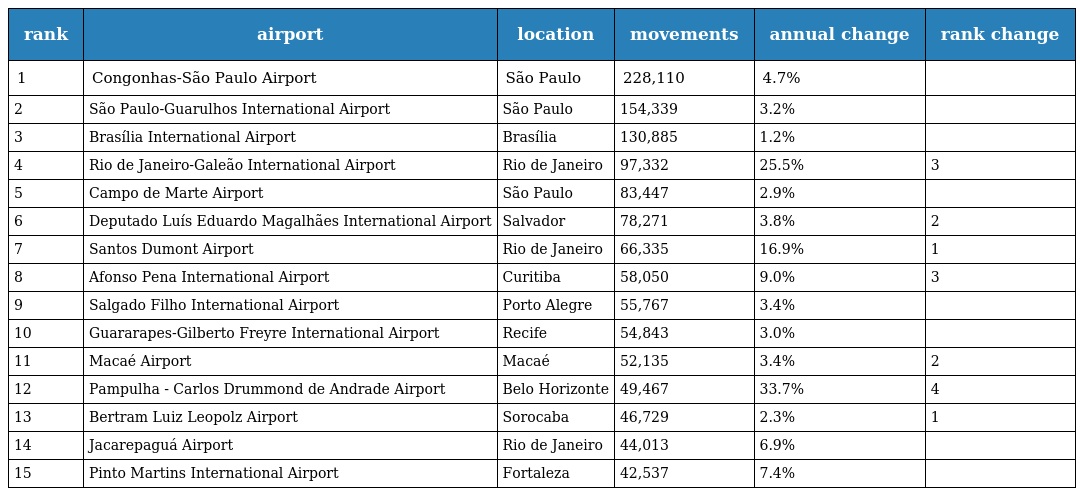
| rank | airport | location | movements | annual change | rank change |
 | --- | --- | --- | --- | --- | --- |
 | 1 | Congonhas-São Paulo Airport | São Paulo | 228,110 | 4.7% |  |
 | 2 | São Paulo-Guarulhos International Airport | São Paulo | 154,339 | 3.2% |  |
 | 3 | Brasília International Airport | Brasília | 130,885 | 1.2% |  |
 | 4 | Rio de Janeiro-Galeão International Airport | Rio de Janeiro | 97,332 | 25.5% | 3 |
 | 5 | Campo de Marte Airport | São Paulo | 83,447 | 2.9% |  |
 | 6 | Deputado Luís Eduardo Magalhães International Airport | Salvador | 78,271 | 3.8% | 2 |
 | 7 | Santos Dumont Airport | Rio de Janeiro | 66,335 | 16.9% | 1 |
 | 8 | Afonso Pena International Airport | Curitiba | 58,050 | 9.0% | 3 |
 | 9 | Salgado Filho International Airport | Porto Alegre | 55,767 | 3.4% |  |
 | 10 | Guararapes-Gilberto Freyre International Airport | Recife | 54,843 | 3.0% |  |
 | 11 | Macaé Airport | Macaé | 52,135 | 3.4% | 2 |
 | 12 | Pampulha - Carlos Drummond de Andrade Airport | Belo Horizonte | 49,467 | 33.7% | 4 |
 | 13 | Bertram Luiz Leopolz Airport | Sorocaba | 46,729 | 2.3% | 1 |
 | 14 | Jacarepaguá Airport | Rio de Janeiro | 44,013 | 6.9% |  |
 | 15 | Pinto Martins International Airport | Fortaleza | 42,537 | 7.4% |  |